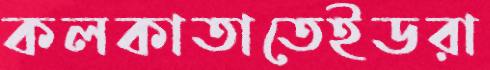
কলকাতাতেইডরা